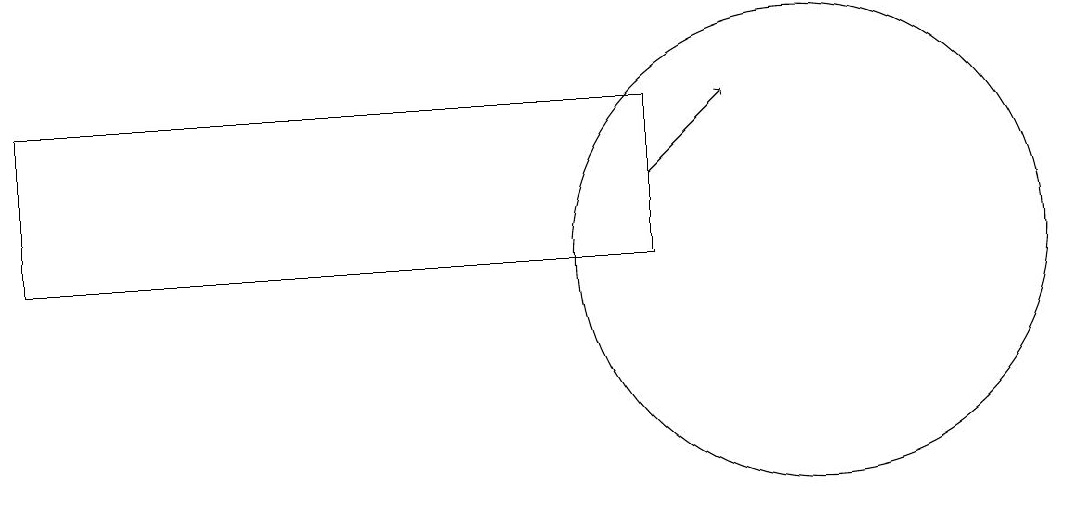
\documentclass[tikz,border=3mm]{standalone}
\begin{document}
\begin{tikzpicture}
\draw (10,10) circle (3);
\draw (0,10) rectangle (8,12);
\draw[->] (8,11) -- (9,12);
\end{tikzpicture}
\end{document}